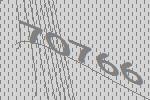
70766